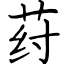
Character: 荮